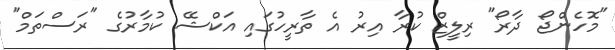
"މޮހެންޖޯ ދާރޯ" ރިލީޒް ކުރާ އިރު އެ ތާރީހުގައި އަކްޝޭ ކުމާރުގެ "ރަސްތަމް"